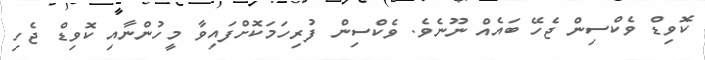
ކޮވިޑް ވެކްސިން ޖެހޭ ބައެއް ނޫނެވެ. ވެކްސިން ފުރިހަމަކޮށްފައިވާ މީހުންނާއި ކޮވިޑް ޖެހި